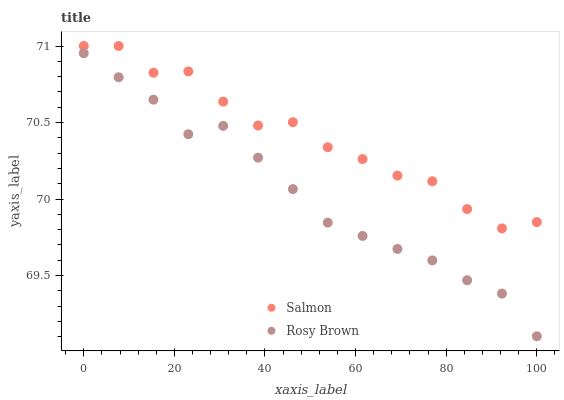
| xaxis_label | Salmon | Rosy Brown |
 | --- | --- | --- |
 | 0 | 71 | 71 |
 | 7.69 | 71 | 70.8 |
 | 15.4 | 70.8 | 70.6 |
 | 23.1 | 70.8 | 70.4 |
 | 30.8 | 70.6 | 70.5 |
 | 38.5 | 70.5 | 70.3 |
 | 46.2 | 70.5 | 70.1 |
 | 53.8 | 70.3 | 69.8 |
 | 61.5 | 70.3 | 69.8 |
 | 69.2 | 70.2 | 69.7 |
 | 76.9 | 70.1 | 69.6 |
 | 84.6 | 69.9 | 69.5 |
 | 92.3 | 69.8 | 69.4 |
 | 100 | 69.8 | 69.1 |